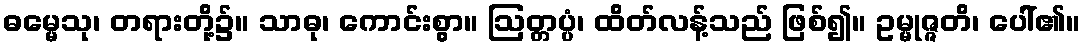
ဓမ္မေသု၊ တရားတို့၌။ သာဓု၊ ကောင်းစွာ။ ဩတ္တပ္ပံ၊ ထိတ်လန့်သည် ဖြစ်၍။ ဥမ္မုဇ္ဇတိ၊ ပေါ်၏။